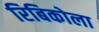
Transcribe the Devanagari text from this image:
रिबिकोला